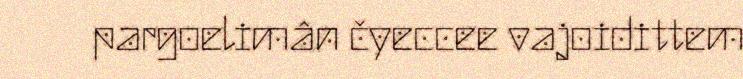
pargoelimân čyeccee vajoidittem